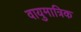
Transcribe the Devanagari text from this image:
वायुमात्रिक